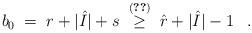
LaTeX: \begin{align*}b_0 \;=\; r + |\hat{I}| + s \;\stackrel{(\ref{l:li0})}{\geq}\; \hat{r} + |\hat{I}| - 1 \;\;\; .\end{align*}